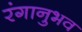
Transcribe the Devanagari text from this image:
रंगानुभव